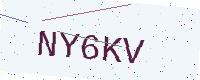
Text: NY6KV